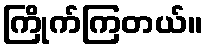
ကြိုက်ကြတယ်။